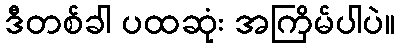
ဒီတစ်ခါ ပထဆုံး အကြိမ်ပါပဲ။